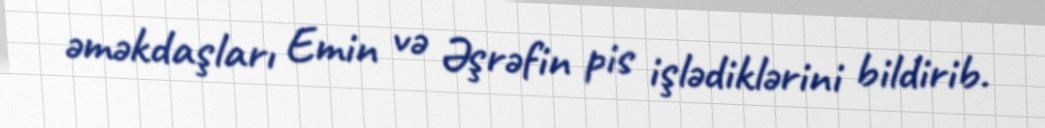
əməkdaşları Emin və Əşrəfin pis işlədiklərini bildirib.